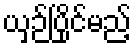
ယှဉ်ပြိုင်မည့်